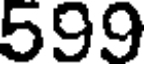
599